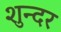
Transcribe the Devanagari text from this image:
शुन्दर